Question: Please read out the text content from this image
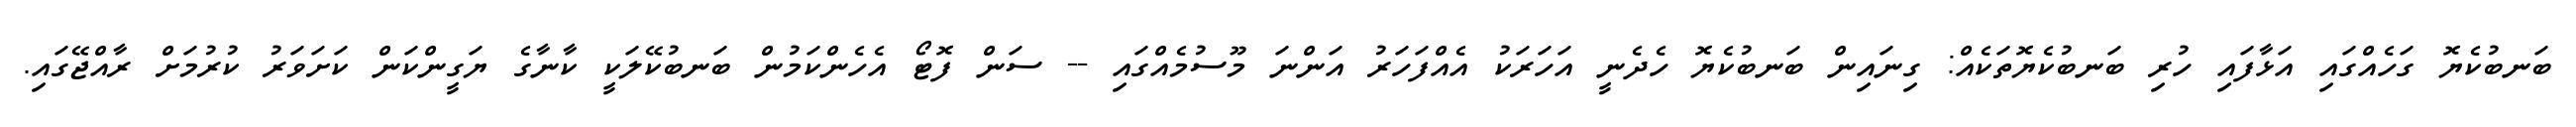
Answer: ބަނބުކެޔޮ ގަހެއްގައި އަޅާފައި ހުރި ބަނބުކެޔޮތަކެއް: ގިނައިން ބަނބުކެޔޮ ހެދެނީ އަހަރަކު އެއްފަހަރު އަންނަ މޫސުމެއްގައި -- ސަން ފޮޓޯ އެހެންކަމުން ބަނބުކޭލަކީ ކާނާގެ ޔަގީންކަން ކަށަވަރު ކުރުމަށް ރާއްޖޭގައި.